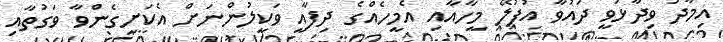
އިމާދު ވިދާޅުވީ ދައުވާ އުފުލޭ މީހާއާއި އެމީހެއްގެ ދިފާއީ ވަކީލުންނަށް އެކަށީގެންވާ ވަގުތާއި